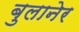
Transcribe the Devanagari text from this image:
बुलानेर